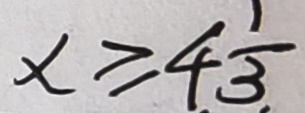
x \geq 4 \frac { 1 } { 3 }